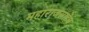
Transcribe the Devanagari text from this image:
महाराजसाहेब